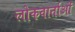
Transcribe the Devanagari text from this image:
लोकवार्ताओं